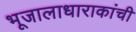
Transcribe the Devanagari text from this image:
भूजालाधाराकांची